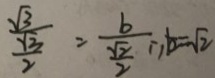
\frac { \sqrt { 3 } } { \frac { \sqrt { 3 } } { 2 } } = \frac { b } { \frac { \sqrt { 2 } } { 2 } } \therefore b = \sqrt { 2 }